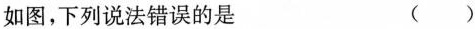
如图，下列说法错误的是 ( )